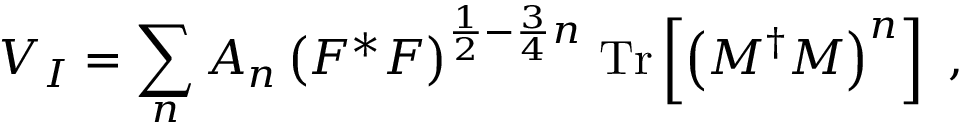
V _ { I } = \sum _ { n } A _ { n } \left( F ^ { * } F \right) ^ { \frac { 1 } { 2 } - \frac { 3 } { 4 } n } \, \mathrm { T r } \left[ \left( M ^ { \dagger } M \right) ^ { n } \right] \ ,